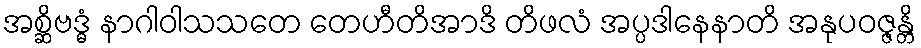
အစ္ဆိဗဒ္ဓံ နာဂါဝါသသတေ တေဟီတိအာဒိ တိဖလံ အပ္ပဒါနေနာတိ အနုပဝဇ္ဇန္တိ